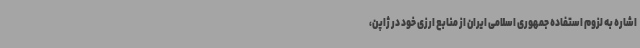
اشاره به لزوم استفاده جمهوری اسلامی ایران از منابع ارزی خود در ژاپن،